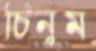
চিনুম